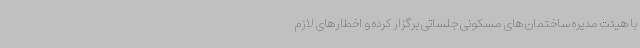
با هیئت مدیره ساختمان های مسکونی جلساتی برگزار کرده و اخطارهای لازم